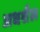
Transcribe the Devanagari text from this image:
अधशैल